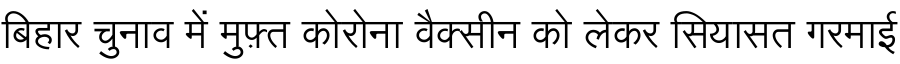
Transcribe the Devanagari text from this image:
बिहार चुनाव में मुफ़्त कोरोना वैक्सीन को लेकर सियासत गरमाई